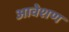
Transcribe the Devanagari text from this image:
आवेशण